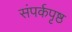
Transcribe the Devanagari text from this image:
संपर्कपृष्ठ